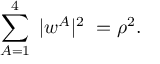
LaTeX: \sum _ { A = 1 } ^ { 4 } \; | w ^ { A } | ^ { 2 } \; = \rho ^ { 2 } .